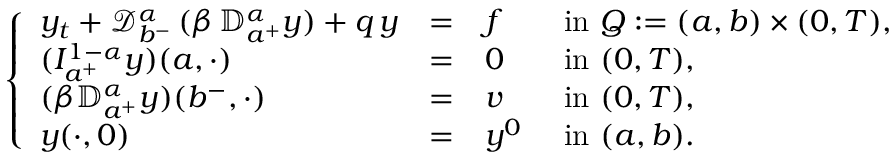
\left\{ \begin{array} { l l l l l l l } { \displaystyle y _ { t } + \displaystyle { \mathcal D } _ { b ^ { - } } ^ { \alpha } \, ( \beta \, { \mathbb D } _ { a ^ { + } } ^ { \alpha } y ) + q \, y } & { = } & { f } & { \mathrm { ~ i n ~ } Q : = ( a , b ) \times ( 0 , T ) , } \\ { \displaystyle ( I _ { a ^ { + } } ^ { 1 - \alpha } y ) ( a , \cdot ) } & { = } & { 0 } & { \mathrm { ~ i n ~ } ( 0 , T ) , } \\ { \displaystyle ( \beta { \mathbb D } _ { a ^ { + } } ^ { \alpha } y ) ( b ^ { - } , \cdot ) } & { = } & { v } & { \mathrm { ~ i n ~ } ( 0 , T ) , } \\ { \displaystyle y ( \cdot , 0 ) } & { = } & { y ^ { 0 } } & { \mathrm { ~ i n ~ } ( a , b ) . } \end{array} \right.